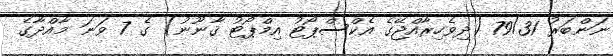
ނަންބަރު 79/31 (ދިވެހިރާއްޖޭގެ އެކްސްޕޯޓު އިމްޕޯޓު ޤާނޫނު) ގެ 7 ވަނަ މާއްދާގެ